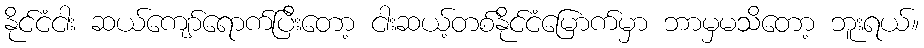
နိုင်ငံငါး ဆယ်ကျော်ရောက်ပြီးတော့ ငါးဆယ့်တစ်နိုင်ငံမြောက်မှာ ဘာမှမသိတော့ ဘူးရယ်။